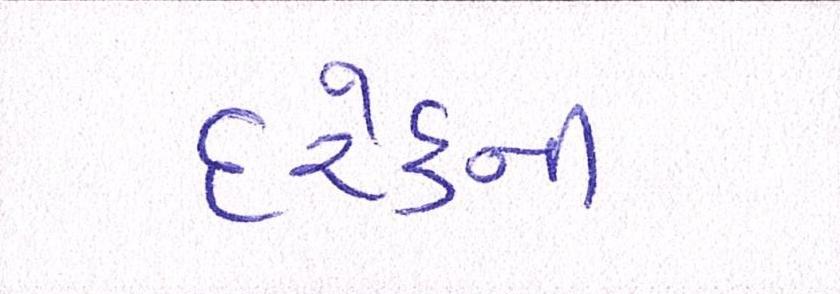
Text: દરેકની